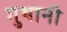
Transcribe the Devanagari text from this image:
गुथानी